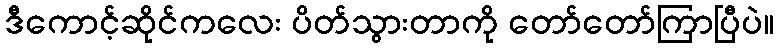
ဒီကောင့်ဆိုင်ကလေး ပိတ်သွားတာကို တော်တော်ကြာပြီပဲ။